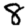
Digit: 8